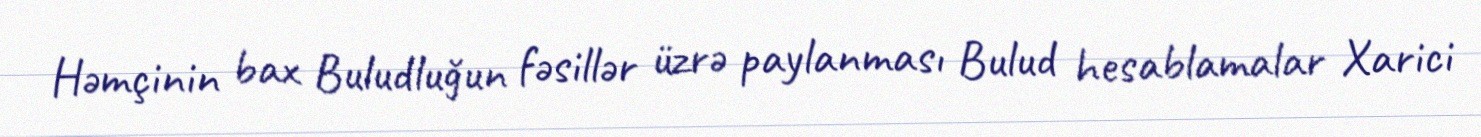
Həmçinin bax Buludluğun fəsillər üzrə paylanması Bulud hesablamalar Xarici